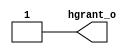
module ahb_arbiter
(
    output wire hgrant_o 
);

assign hgrant_o = 1'b1;//master,.

endmodule